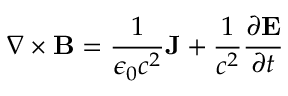
\nabla \times \mathbf { B } = { \frac { 1 } { \epsilon _ { 0 } c ^ { 2 } } } \mathbf { J } + { \frac { 1 } { c ^ { 2 } } } { \frac { \partial \mathbf { E } } { \partial t } }